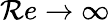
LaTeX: \mathcal{R}e\to\infty